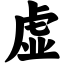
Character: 虚